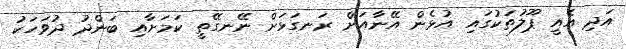
އަދި އެއީ ޕޫލުތަކުގައި އުޅެން އޭނާއަށް ރަނގަޅަށް ނޭނގޭތީ ކަމަށާއި ބަންދު ދުވަހަކު